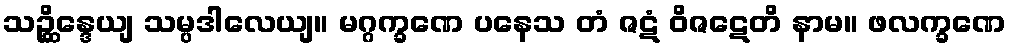
သဉ္ဆိန္ဒေယျ သမ္ပဒါလေယျ။ မဂ္ဂက္ခဏေ ပနေသ တံ ဇဋံ ဝိဇဋေတိ နာမ။ ဖလက္ခဏေ